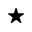
\bigstar